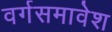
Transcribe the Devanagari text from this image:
वर्गसमावेश